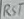
Text: RST